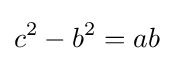
c^{2}-b^{2}=ab